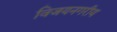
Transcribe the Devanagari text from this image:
विजयनगरीय